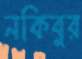
নকিবুর